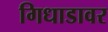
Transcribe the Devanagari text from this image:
गिधाडावर